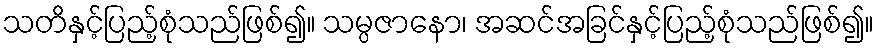
သတိနှင့်ပြည့်စုံသည်ဖြစ်၍။ သမ္ပဇာနော၊ အဆင်အခြင်နှင့်ပြည့်စုံသည်ဖြစ်၍။